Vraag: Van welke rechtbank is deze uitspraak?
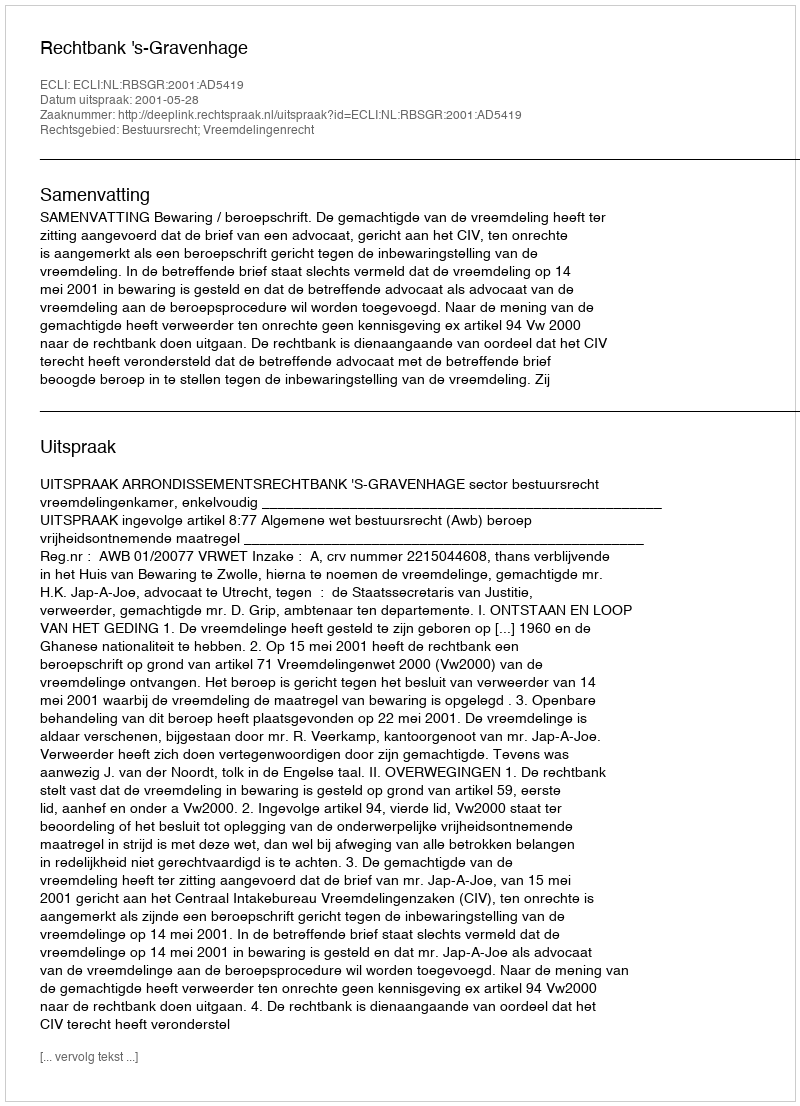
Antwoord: Rechtbank 's-Gravenhage